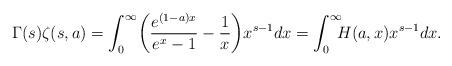
LaTeX: \begin{align*}\Gamma (s) \zeta (s,a) = \int_0^\infty \biggl( \frac{e^{(1-a)x}}{e^x-1} - \frac{1}{x} \biggr) x^{s-1} dx = \int_0^\infty \!\!\! H(a,x) x^{s-1} dx.\end{align*}